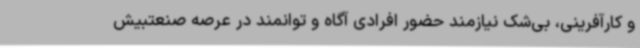
و کارآفرینی، بی‌شک نیازمند حضور افرادی آگاه و توانمند در عرصه صنعتبیش